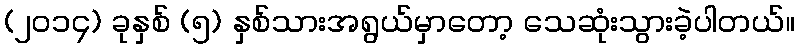
(၂၀၁၄) ခုနှစ် (၅) နှစ်သားအရွယ်မှာတော့ သေဆုံးသွားခဲ့ပါတယ်။